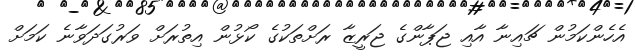
އެހެންކަމުން ޗައިނާ އާއި ޖަޕާންގެ ޖަރީޒާ ރަށްތަކުގެ ކޯޅުން އިތުރަށް ވަރުގަދަވާނެ ކަމަށް